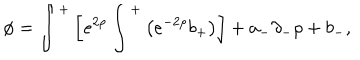
\phi = \int ^ { + } \left[ e ^ { 2 \rho } \int ^ { + } \left( e ^ { - 2 \rho } b _ { + } \right) \right] + a _ { - } \partial _ { - } \rho + b _ { - } ,